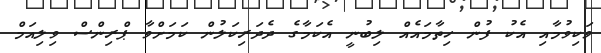
ވަކިވުމާއި އެކު ފުން ހިތާމައެއް ލިބުނީ އެކަމާގެ ދެދަރިކަލުން ކަމަށްވާ ޕްރިންސް ވިލިއަމް